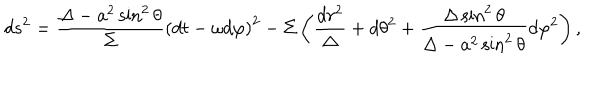
LaTeX: d s ^ { 2 } = \frac { \Delta - a ^ { 2 } \sin ^ { 2 } \theta } { \Sigma } \left( d t - \omega d \varphi \right) ^ { 2 } - \Sigma \left( \frac { d r ^ { 2 } } { \Delta } + d \theta ^ { 2 } + \frac { \Delta \sin ^ { 2 } \theta } { \Delta - a ^ { 2 } \sin ^ { 2 } \theta } d \varphi ^ { 2 } \right) ,